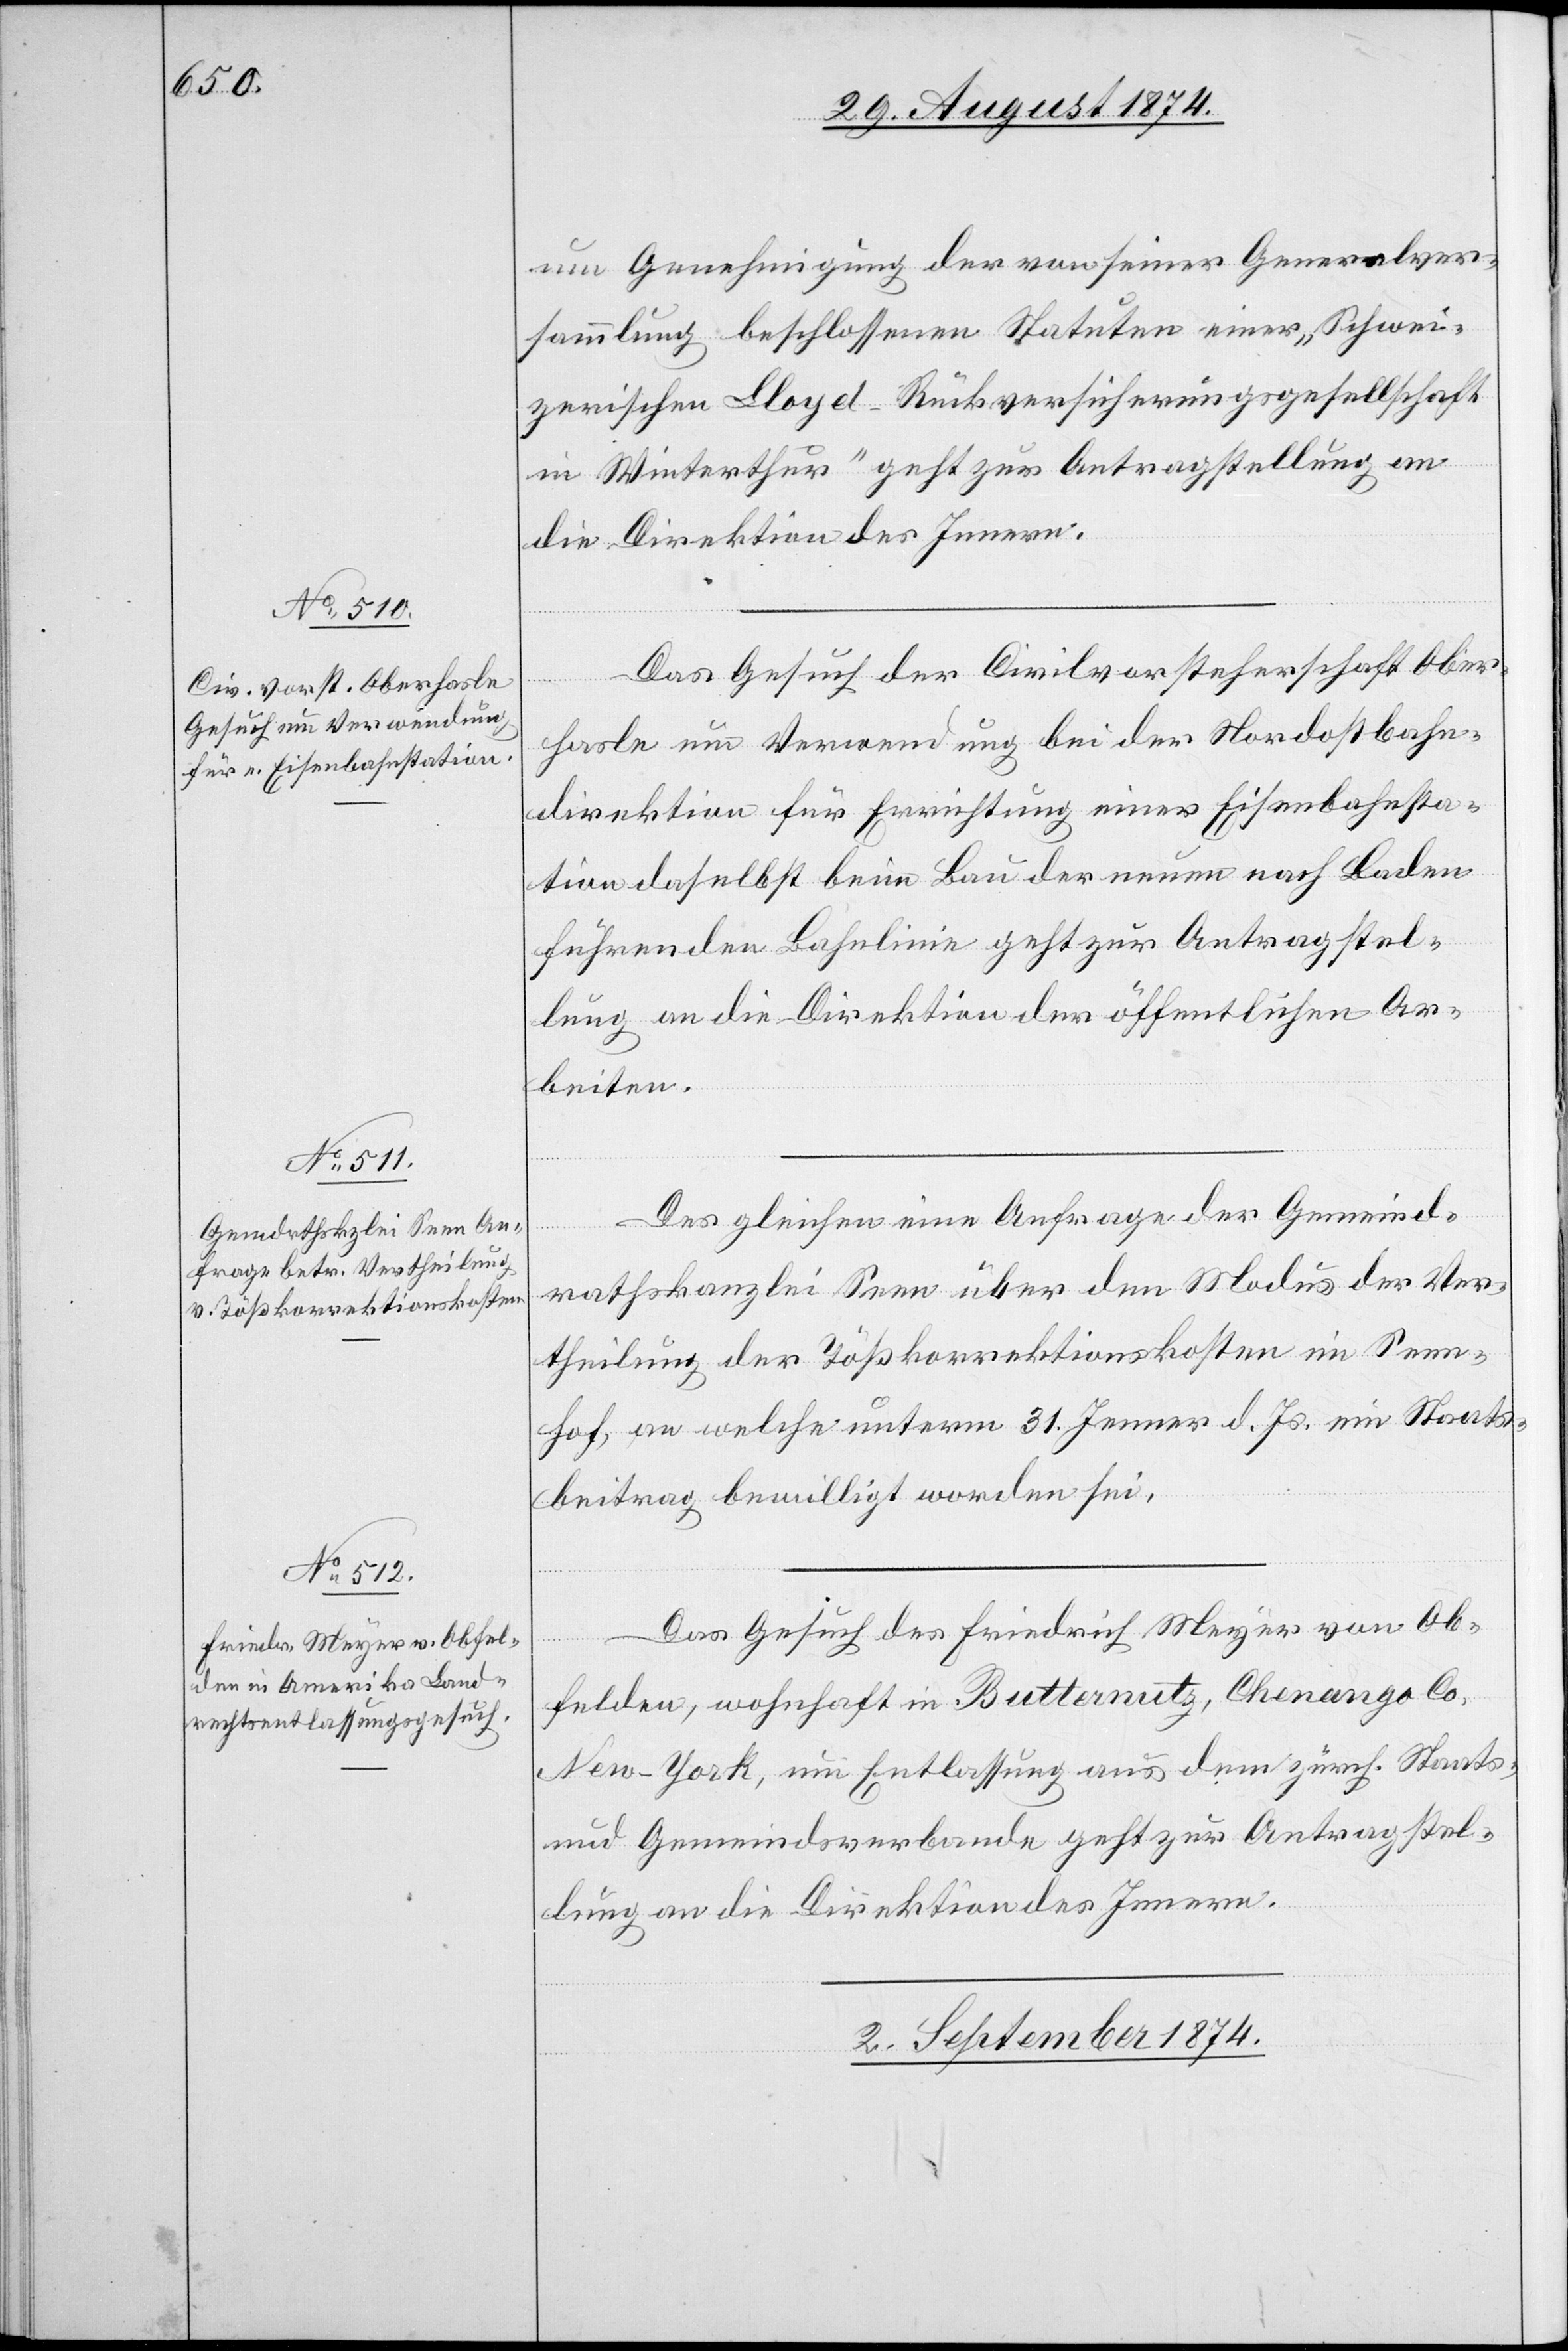
um Genehmigung der von seiner Generalver¬
sammlung beschlossenen Statuten einer „Schwei¬
zerischen Lloyd-Rückversicherungsgesellschaft
in Winterthur“ geht zur Antragstellung an
die Direktion des Innern.
Das Gesuch der Civilvorsteherschaft Ober¬
hasle um Verwendung bei der Nordostbahn¬
direktion für Errichtung einer Eisenbahnsta¬
tion daselbst beim Bau der neuen nach Baden
führenden Bahnlinie geht zur Antragstel¬
lung an die Direktion der öffentlichen Ar¬
beiten.
Desgleichen eine Anfrage der Gemeind¬
Senn¬
rathskanzlei Seen über den Modus der Ver¬
theilung der Tößkorrektionskosten im Senn¬
hof}, an welche unterm 31. Jenner d. Js. ein Staats¬
beitrag bewilligt worden sei.
Das Gesuch des Friedrich Meyer von Ob¬
felden, wohnhaft in Butternutz, Chenango Co,
New-York, um Entlassung aus dem zürch. Staats-
und Gemeindsverbande geht zur Antragstel¬
lung an die Direktion des Innern.
2. September 1874.